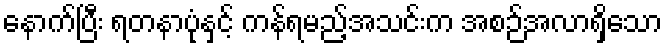
နောက်ပြီး ရတနာပုံနှင့် ကန်ရမည့်အသင်းက အစဉ်အလာရှိသော